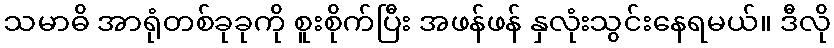
သမာဓိ အာရုံတစ်ခုခုကို စူးစိုက်ပြီး အဖန်ဖန် နှလုံးသွင်းနေရမယ်။ ဒီလို